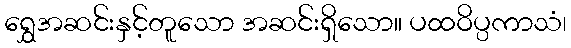
ရွှေအဆင်းနှင့်တူသော အဆင်းရှိသော။ ပထဝိပ္ပကာသံ၊